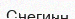
Снегинн